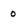
Character: 0